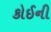
કોઈની